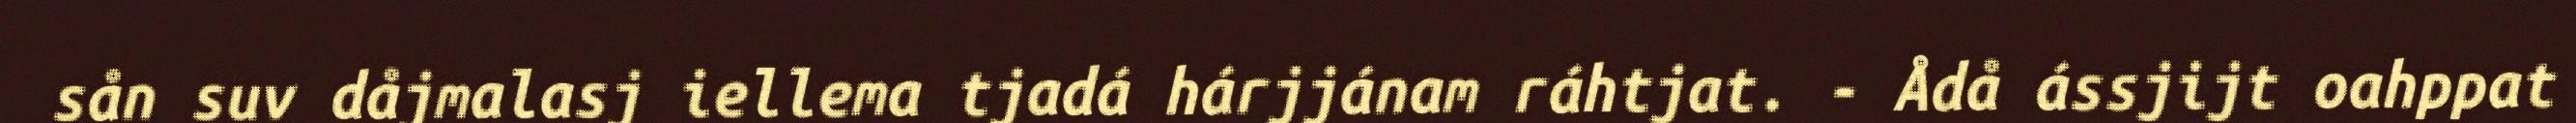
sån suv dåjmalasj iellema tjadá hárjjánam ráhtjat. - Ådå ássjijt oahppat